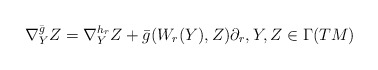
\begin{align*} \nabla^{\bar{g}}_Y Z=\nabla^{h_r}_Y Z+\bar{g}(W_r(Y),Z)\partial_r,Y,Z\in\Gamma(TM) \end{align*}